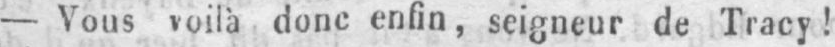
- Vous voilà donc enfin, seigneur de Tracy!